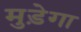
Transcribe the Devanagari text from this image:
मुड़ेगा